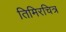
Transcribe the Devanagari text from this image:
तिमिरचित्र